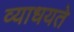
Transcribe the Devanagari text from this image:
व्याधयते